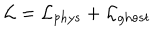
{ \cal L } = { \cal L } _ { p h y s } + { \cal L } _ { g h o s t }